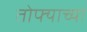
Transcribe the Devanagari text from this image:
तोफ्याच्या